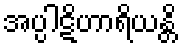
အပ္ပါဋိဟာရိယန္တိ